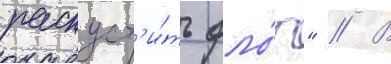
распуст'и́ть фло́т" // В